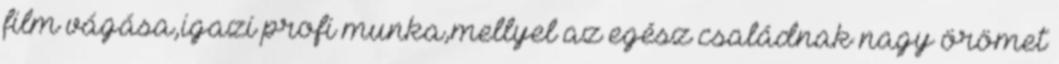
film vágása,igazi profi munka,mellyel az egész családnak nagy örömet